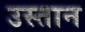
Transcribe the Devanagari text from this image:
उस्तान